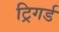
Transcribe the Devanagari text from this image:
ट्रिगर्ड